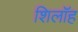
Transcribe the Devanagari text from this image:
शिलॉह